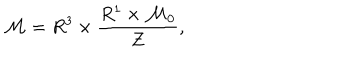
{ \cal M } = R ^ { 3 } \times \frac { R ^ { 1 } \times { \cal M } _ { 0 } } { Z } ,